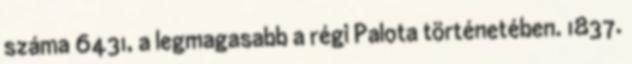
száma 6431, a legmagasabb a régi Palota történetében. 1837.